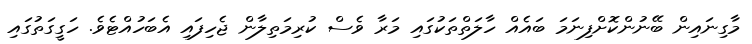
މާގިނައިން ބޭނުންކޮށްފިނަމަ ބައެއް ހާލަތްތަކުގައި މަރާ ވެސް ކުރިމަތިލާން ޖެހިފައި އެބަހުއްޓެވެ. ހަގީގަތުގައި